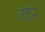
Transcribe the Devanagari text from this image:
लर्टर